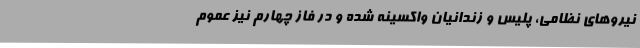
نیرو‌های نظامی، پلیس و زندانیان واکسینه شده و در فاز چهارم نیز عموم